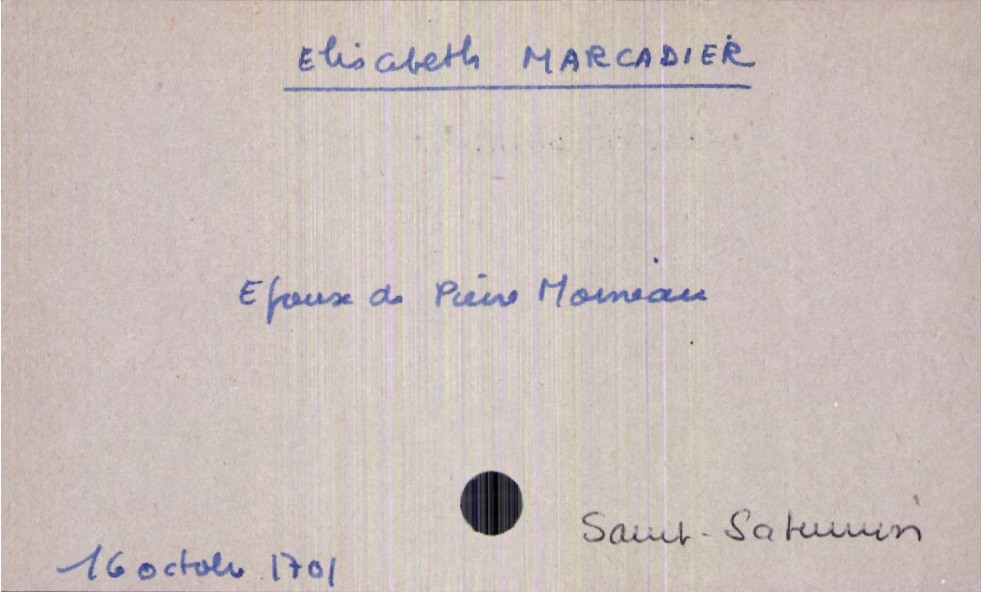
type_acte: Décès
année: 1701
mois: octobre
jour: 16
paroisse: Saint-Saturnin
défunt_nom: Marcadier
défunt_prénom: Elisabeth
défunt_sexe: F
défunt_statut: marié(e)